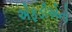
એફડીએનો